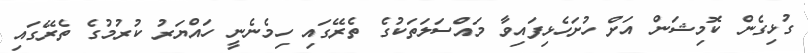
ގުޅިގެން ކޮމިޝަން އަށް ހުށަހެޅިފައިވާ މައްސަލަތަކުގެ ތެރޭގައި ހިމެނެނީ ހައްޔަރު ކުރުމުގެ ތެރޭގައި